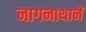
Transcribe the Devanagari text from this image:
नागनाथानें